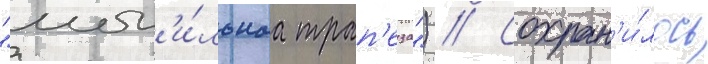
"мог'и́льнаа трап'еза") // Сохран'и́лось